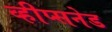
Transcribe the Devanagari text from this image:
व्हीप्सनेड